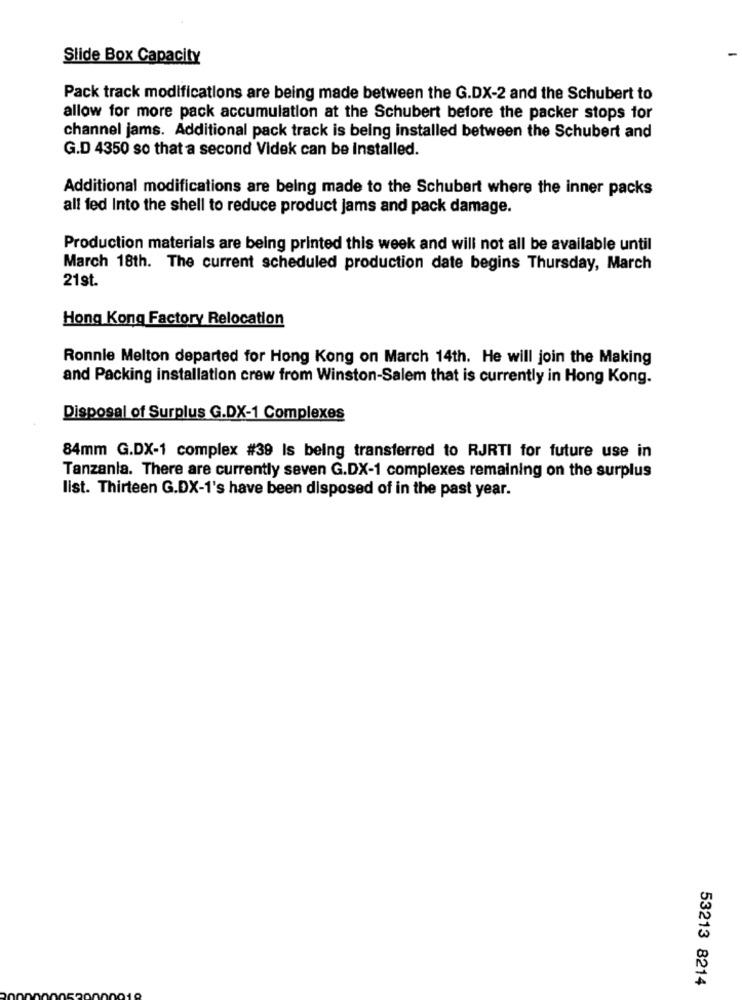
Slide Box Capacity
Pack track modifications are being made between the G.DX-2 and the Schubert to
allow for more pack accumulation at the Schubert before the packer stops for
channel jams. Additional pack track is being installed between the Schubert and
G.D 4350 so that a second Videk can be installed.
Additional modifications are being made to the Schubert where the inner packs
all fed Into the shell to reduce product jams and pack damage.
Production materials are being printed this week and will not all be available until
March 18th. The current scheduled production date begins Thursday, March
21st.
Hong Kong Factory Relocation
Ronnie Melton departed for Hong Kong on March 14th. He will join the Making
and Packing installation crew from Winston-Salem that is currently in Hong Kong.
Disposal of Surplus G.DX-1 Complexes
84mm G.DX-1 complex #39 Is being transferred to RJRTI for future use in
Tanzanla. There are currently seven G.DX-1 complexes remaining on the surplus
list. Thirteen G.DX-1's have been disposed of in the past year.
53213 8214